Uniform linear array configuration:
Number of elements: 48
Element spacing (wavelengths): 0.75
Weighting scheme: kaiser
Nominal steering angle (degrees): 0
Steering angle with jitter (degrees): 1.716
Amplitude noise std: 0.05
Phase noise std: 0.05

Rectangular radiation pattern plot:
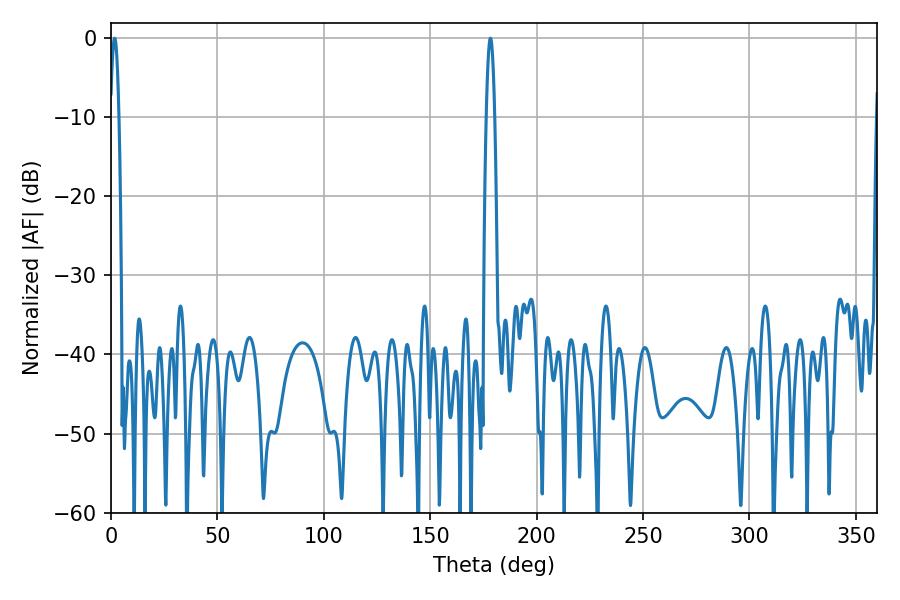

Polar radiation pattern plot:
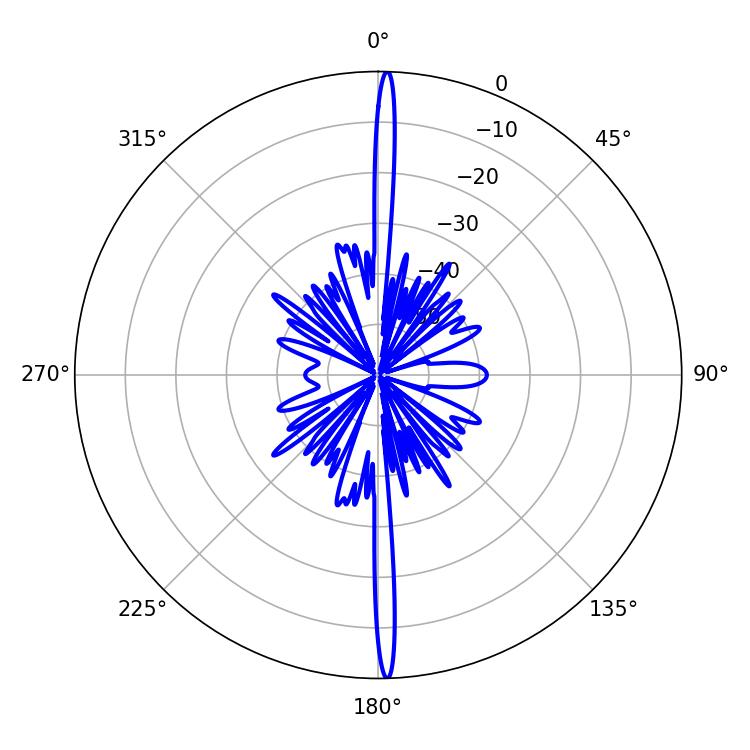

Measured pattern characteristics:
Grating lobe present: TRUE
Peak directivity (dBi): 29.048
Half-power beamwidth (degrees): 1.98
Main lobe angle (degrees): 1.8